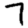
Digit: 7